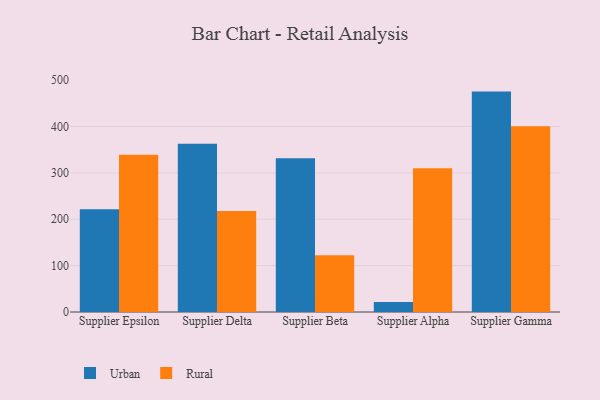
{"axis": {"x": "Supplier", "y": "Inventory Turnover"}, "legend": ["Rural", "Urban"], "data": [{"x": "Supplier Epsilon", "y": 221.6, "type": "Urban"}, {"x": "Supplier Epsilon", "y": 339.3, "type": "Rural"}, {"x": "Supplier Delta", "y": 362.9, "type": "Urban"}, {"x": "Supplier Delta", "y": 217.7, "type": "Rural"}, {"x": "Supplier Beta", "y": 331.7, "type": "Urban"}, {"x": "Supplier Beta", "y": 122.2, "type": "Rural"}, {"x": "Supplier Alpha", "y": 21.8, "type": "Urban"}, {"x": "Supplier Alpha", "y": 310.1, "type": "Rural"}, {"x": "Supplier Gamma", "y": 475.4, "type": "Urban"}, {"x": "Supplier Gamma", "y": 400.8, "type": "Rural"}]}